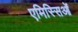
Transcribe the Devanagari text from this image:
एमिस्सिओं